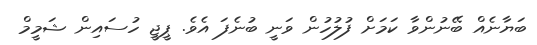
ބަޔާނެއް ބޭނުންވާ ކަމަށް ފުލުހުން ވަނީ ބުނެފަ އެވެ. ޕީޖީ ހުސައިން ޝަމީމް